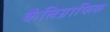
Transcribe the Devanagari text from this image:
कैलिग्राफिक